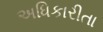
અધિકારીતા